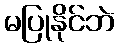
မပြုနိုင်ဘဲ